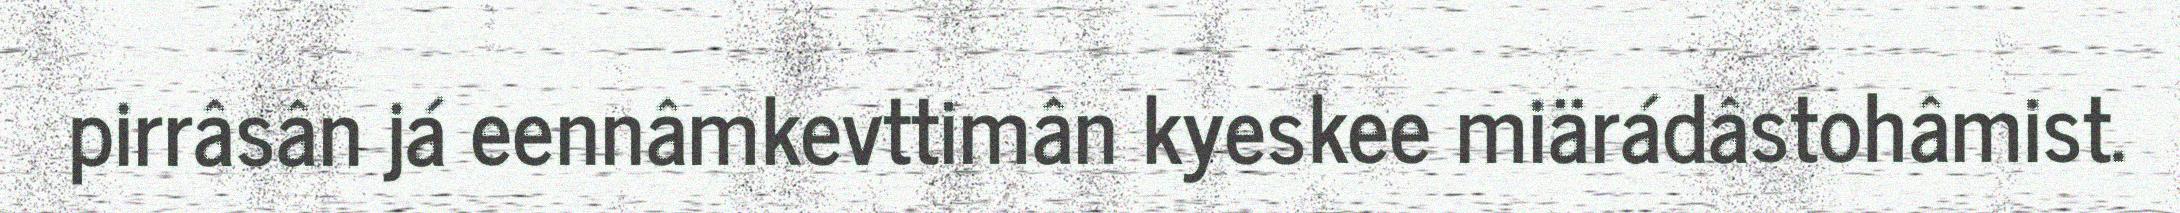
pirrâsân já eennâmkevttimân kyeskee miärádâstohâmist.